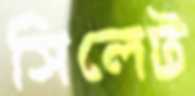
সিলেট